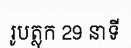
រូបត្លុក 29 នាទី